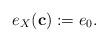
LaTeX: \begin{align*}e_X({\bf c}):=e_0.\end{align*}